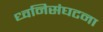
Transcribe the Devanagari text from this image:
ध्वनिसंघटना